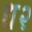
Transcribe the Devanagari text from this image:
ध२